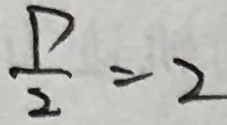
\frac { P } { 2 } = 2